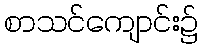
စာသင်ကျောင်း၌